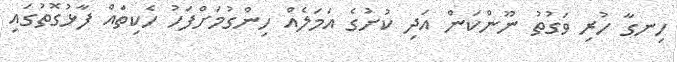
ހިނގާ ހުރި ވަގުތު ނޫންކަން އަދި ކުށުގެ އަމަލެއް ހިންގުމަށްފަހު ހެކިތައް ފާޅުގޮތުގައި